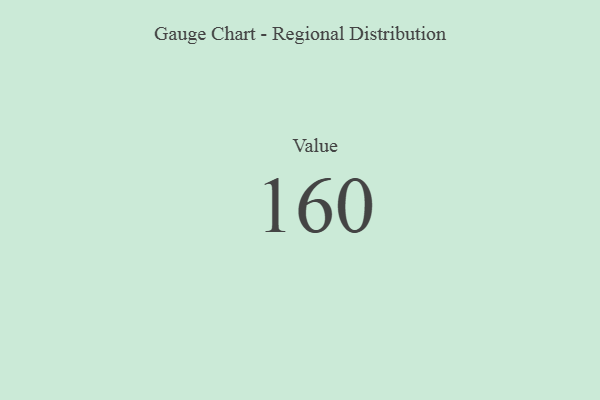
{"axis": {"x": "Metric", "y": "Value"}, "legend": [""], "data": [{"x": "Value", "y": 160, "type": ""}]}